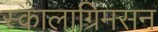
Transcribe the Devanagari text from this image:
स्कालाग्रिमसन